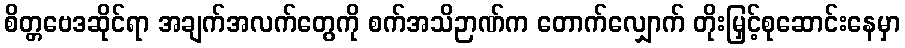
စိတ္တဗေဒဆိုင်ရာ အချက်အလက်တွေကို စက်အသိဉာဏ်က တောက်လျှောက် တိုးမြှင့်စုဆောင်းနေမှာ